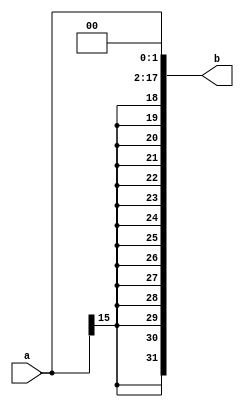
`timescale 1ns / 1ps
module ext18 (
    input [15:0] a,
    output [31:0] b
    );
    assign b={{14{a[15]}},a,2'b0};
endmodule